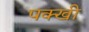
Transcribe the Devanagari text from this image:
पक्खी